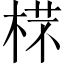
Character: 𣔟